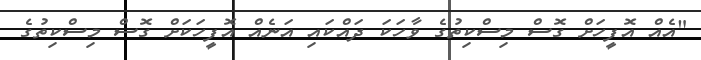
"އެއް އޮފީހަށް ގޮސް މިސްކިތުގެ ވާހަކަ ދައްކައި އަނެއް އޮފީހަކަށް ގޮސް މިސްކިތުގެ